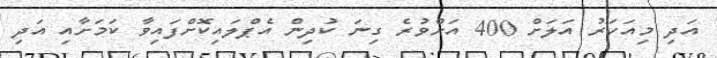
އަދި މިއަހަރު އަލަށް 400 އަށްވުރެ ގިނަ ކުދިން އެޕްލައިކޮށްފައިވާ ކަމަށާއި އަދި